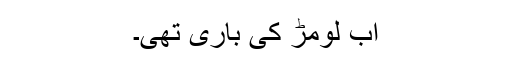
اب لومڑ کی باری تھی۔